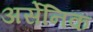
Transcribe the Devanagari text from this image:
अर्सेनिक